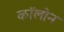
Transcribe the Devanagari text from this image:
काॅलोन